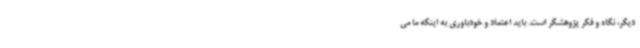
دیگر، نگاه و فکر پژوهشگر است. باید اعتماد و خودباوری به اینکه ما می